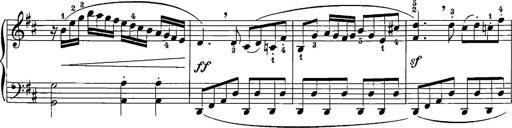
Title: 12 Sonatinas
Composer: Ignaz Pleyel